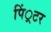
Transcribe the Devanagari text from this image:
पिं्रटर